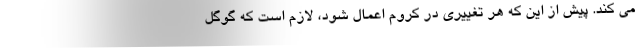
می کند. پیش از این که هر تغییری در کروم اعمال شود‌، لازم است که گوگل